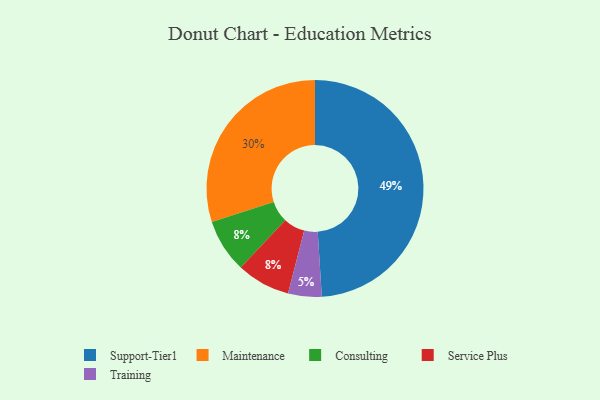
{"axis": {"x": "Category", "y": "Percentage"}, "legend": ["Consulting", "Maintenance", "Service Plus", "Support-Tier1", "Training"], "data": [{"x": "Support-Tier1", "y": 49, "type": "Support-Tier1"}, {"x": "Maintenance", "y": 30, "type": "Maintenance"}, {"x": "Consulting", "y": 8, "type": "Consulting"}, {"x": "Training", "y": 5, "type": "Training"}, {"x": "Service Plus", "y": 8, "type": "Service Plus"}]}